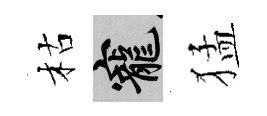
枯寵猛